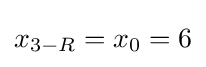
x_{3-R}=x_{0}=6